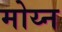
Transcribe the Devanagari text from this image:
मोय्न